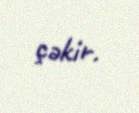
çəkir.